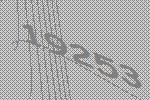
19253